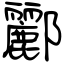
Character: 酈